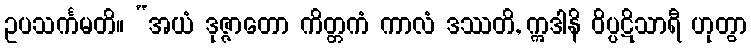
ဥပသင်္ကမတိ။ “အယံ ဒုဇ္ဇာတော ကိတ္တကံ ကာလံ ဒဿတိ, ဣဒါနိ ဝိပ္ပဋိသာရီ ဟုတွာ